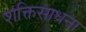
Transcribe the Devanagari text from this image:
शक्तिसाधना